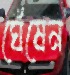
ঘেঁষেন